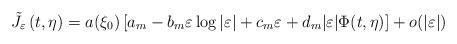
LaTeX: \begin{align*}\tilde J_{\varepsilon}\left(t,\eta \right)=a(\xi_{0})\left[ a_{m}-b_{m}\varepsilon\log |\varepsilon| +c_{m}\varepsilon + d_m |\varepsilon|\Phi(t,\eta)\right]+o(|\varepsilon|)\end{align*}